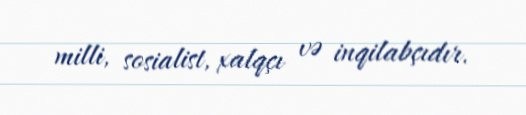
milli, sosialist, xalqçı və inqilabçıdır.